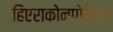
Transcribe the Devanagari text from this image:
हिएराकोनपोलिस